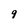
Character: 9